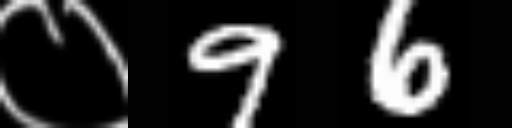
Text: ०96